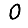
Digit: 0